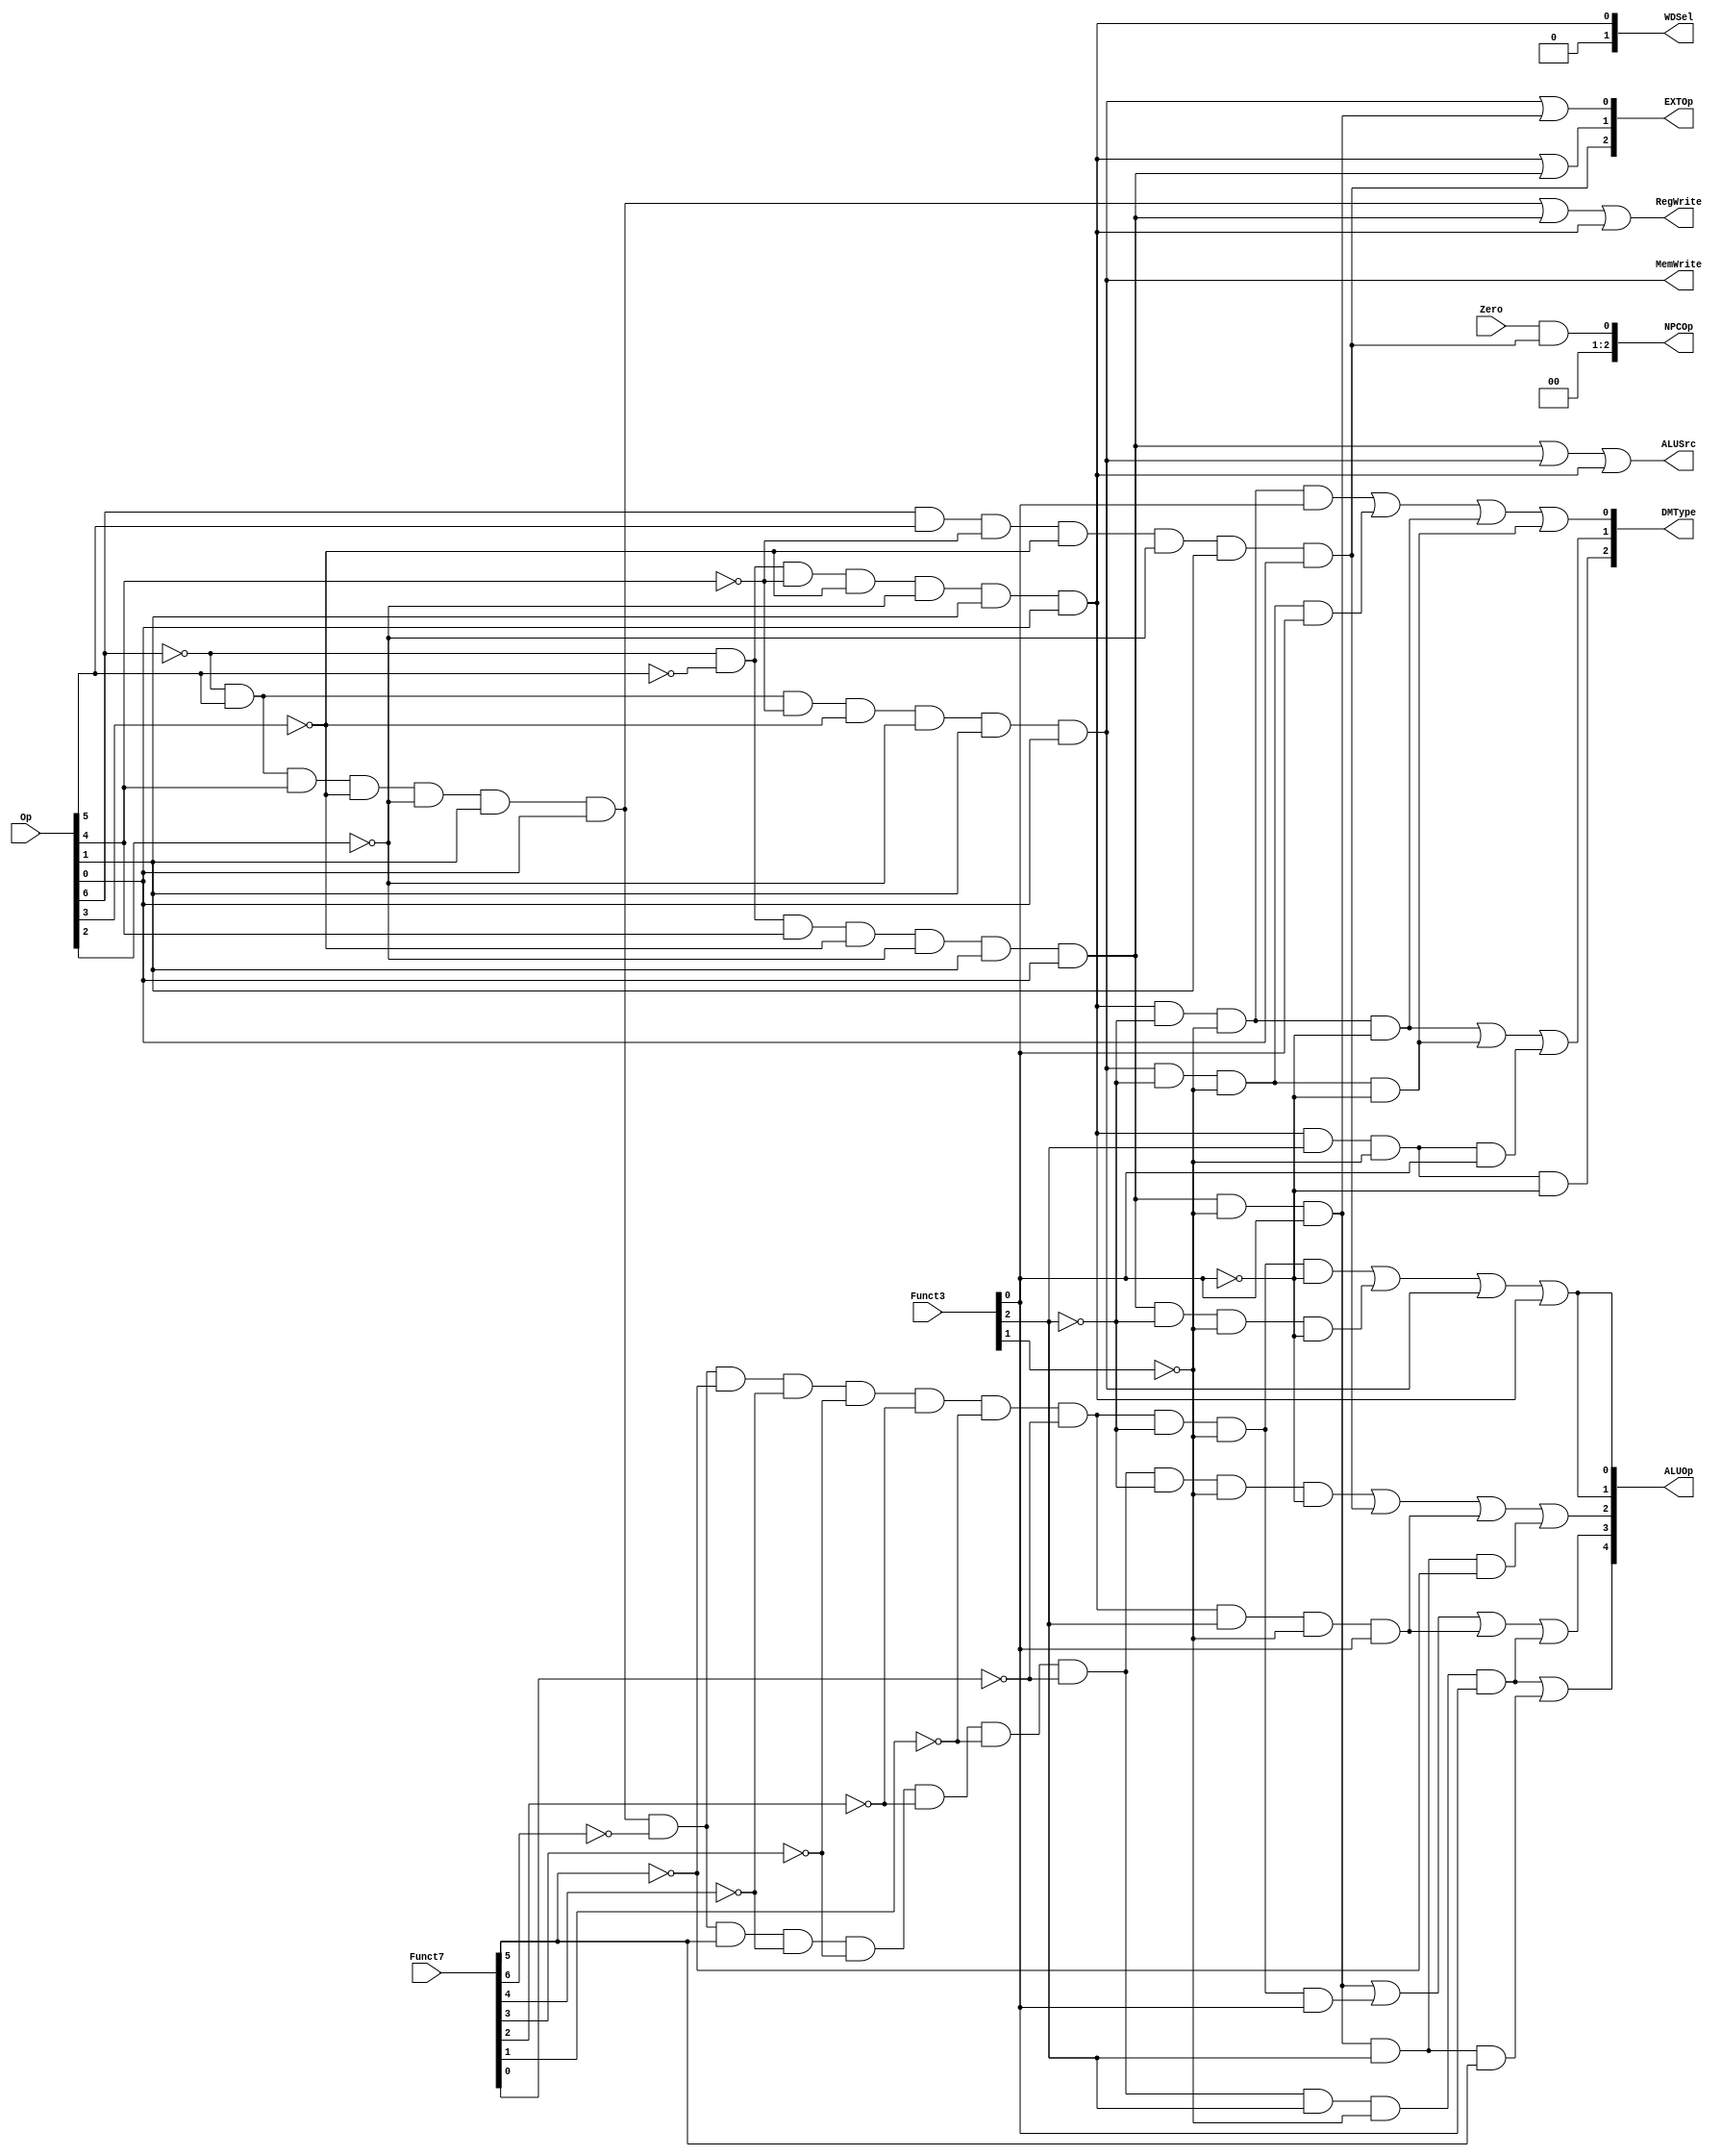
module ctrl( 
    input [6:0]Op,  //opcode
    input [6:0]Funct7,  //funct7 
    input [2:0]Funct3,    // funct3 
    input Zero,
    output RegWrite, // control signal for register write
    output MemWrite, // control signal for memory write
    output [2:0]EXTOp,    // control signal to signed extension
    output [4:0]ALUOp,    // ALU opertion
    output [2:0]NPCOp,    // next pc operation
    output ALUSrc,   // ALU source for b
    output [2:0]DMType, //dm r/w type
    output [1:0]WDSel    // (register) write data selection  (MemtoReg)
    );

    //op funct7 funct3? 
    //R_type:
    wire rtype = ~Op[6] & Op[5] & Op[4] & ~Op[3] & ~Op[2] & Op[1] & Op[0]; //0110011
    wire i_add = rtype&~Funct7[6]&~Funct7[5]&~Funct7[4]&~Funct7[3]&~Funct7[2]&~Funct7[1]&~Funct7[0]&~Funct3[2]&~Funct3[1]&~Funct3[0]; // add 0000000 000
    wire i_sub = rtype&~Funct7[6]&Funct7[5]&~Funct7[4]&~Funct7[3]&~Funct7[2]&~Funct7[1]&~Funct7[0]&~Funct3[2]&~Funct3[1]&~Funct3[0]; // sub 0100000 000
    wire i_sll = rtype&~Funct7[6]&~Funct7[5]&~Funct7[4]&~Funct7[3]&~Funct7[2]&~Funct7[1]&~Funct7[0]&~Funct3[2]&~Funct3[1]&Funct3[0]; // sll 0000000 001
    wire i_slt = rtype&~Funct7[6]&~Funct7[5]&~Funct7[4]&~Funct7[3]&~Funct7[2]&~Funct7[1]&~Funct7[0]&~Funct3[2]&Funct3[1]&~Funct3[0]; // slt 0000000 010
    wire i_sltu = rtype&~Funct7[6]&~Funct7[5]&~Funct7[4]&~Funct7[3]&~Funct7[2]&~Funct7[1]&~Funct7[0]&~Funct3[2]&Funct3[1]&Funct3[0]; // sltu 0000000 011
    wire i_xor = rtype&~Funct7[6]&~Funct7[5]&~Funct7[4]&~Funct7[3]&~Funct7[2]&~Funct7[1]&~Funct7[0]&Funct3[2]&~Funct3[1]&~Funct3[0]; // xor 0000000 100
    wire i_srl = rtype&~Funct7[6]&~Funct7[5]&~Funct7[4]&~Funct7[3]&~Funct7[2]&~Funct7[1]&~Funct7[0]&Funct3[2]&~Funct3[1]&Funct3[0]; // srl 0000000 101
    wire i_sra = rtype&~Funct7[6]&Funct7[5]&~Funct7[4]&~Funct7[3]&~Funct7[2]&~Funct7[1]&~Funct7[0]&Funct3[2]&~Funct3[1]&Funct3[0]; // sra 0100000 101
    wire i_or = rtype&~Funct7[6]&~Funct7[5]&~Funct7[4]&~Funct7[3]&~Funct7[2]&~Funct7[1]&~Funct7[0]&Funct3[2]&Funct3[1]&~Funct3[0]; // or 0000000 110
    wire i_and = rtype&~Funct7[6]&~Funct7[5]&~Funct7[4]&~Funct7[3]&~Funct7[2]&~Funct7[1]&~Funct7[0]&Funct3[2]&Funct3[1]&Funct3[0]; // and 0000000 111

    //i_l type
    wire itype_l = ~Op[6] & ~Op[5] & ~Op[4] & ~Op[3] & ~Op[2] & Op[1] & Op[0]; //0000011
    wire i_lb = itype_l & ~Funct3[2] & ~Funct3[1] & ~Funct3[0]; //lb 000
    wire i_lh = itype_l & ~Funct3[2] & ~Funct3[1] & Funct3[0];  //lh 001
    wire i_lw = itype_l & ~Funct3[2] & Funct3[1] & ~Funct3[0];  //lw 010
    wire i_lbu = itype_l & Funct3[2] & ~Funct3[1] & ~Funct3[0]; //lbu 100
    wire i_lhu = itype_l & Funct3[2] & ~Funct3[1] & Funct3[0]; //lhu 101
    
    // i_i type
    wire itype_r = ~Op[6] & ~Op[5] & Op[4] & ~Op[3] & ~Op[2] & Op[1] & Op[0]; //0010011
    wire i_addi = itype_r & ~Funct3[2] & ~Funct3[1] & ~Funct3[0]; // addi 000 func3
    wire i_slti = itype_r & ~Funct3[2] & Funct3[1] & ~Funct3[0]; // slti 010 func3
    wire i_sltiu = itype_r & ~Funct3[2] & Funct3[1] & Funct3[0]; // sltiu 011 func3
    wire i_xori = itype_r & Funct3[2] & ~Funct3[1] & ~Funct3[0]; // xori 100 func3
    wire i_ori = itype_r & Funct3[2] & Funct3[1] & ~Funct3[0]; // ori 110 func3
    wire i_andi = itype_r & Funct3[2] & Funct3[1] & Funct3[0]; // andi 111 func3
    // i_is type shamt?
    wire itype_rs = itype_r & ~Funct3[1] & Funct3[0]; // func3?001?101
    wire i_slli = itype_rs & ~Funct3[2]; // slli 001 func3
    wire i_srli = itype_rs & Funct3[2] & ~Funct7[5]; // srli 101 func3 0000000 func7
    wire i_srai = itype_rs & Funct3[2] & Funct7[5]; // srai 101 func3 0100000 func7

    // s type
    wire stype = ~Op[6] & Op[5] & ~Op[4] & ~Op[3] & ~Op[2] & Op[1] & Op[0]; //0100011
    wire i_sw = stype & ~Funct3[2] & Funct3[1] & ~Funct3[0]; // sw 010
    wire i_sb = stype & ~Funct3[2] & ~Funct3[1] & ~Funct3[0]; // sb 000
    wire i_sh = stype & ~Funct3[2] & ~Funct3[1] & Funct3[0]; // sh 001

    // sb type
    wire sbtype = Op[6] & Op[5] & ~Op[4] & ~Op[3] & ~Op[2] & Op[1] & Op[0]; //1100011
    wire i_beq = sbtype & ~Funct3[2] & ~Funct3[1] & ~Funct3[0]; // beq 000
    wire i_bne = sbtype & ~Funct3[2] & ~Funct3[1] & Funct3[0]; // bne 001
    wire i_blt = sbtype & Funct3[2] & ~Funct3[1] & ~Funct3[0]; // blt 100
    wire i_bge = sbtype & Funct3[2] & ~Funct3[1] & Funct3[0]; // bge 101
    wire i_bltu = sbtype & Funct3[2] & Funct3[1] & ~Funct3[0]; // bltu 110
    wire i_bgeu = sbtype & Funct3[2] & Funct3[1] & Funct3[0]; // bgeu 111

    // MUX?
    assign RegWrite   = rtype | itype_r | itype_l  ; // register write
    assign MemWrite   = stype;              // memory write
    assign ALUSrc     = itype_r | stype | itype_l ; // ALU B is from instruction immediate
    // mem2reg=wdsel ,WDSel_FromALU 2'b00  WDSel_FromMEM 2'b01
    assign WDSel[0] = itype_l;
    assign WDSel[1] = 1'b0;


    // aluop
    // ALUOp_nop 5'b00000
    // ALUOp_lui 5'b00001
    // ALUOp_auipc 5'b00010
    // ALUOp_add 5'b00011
    // ALUOp_sub 5'b00100
    // ALUOp_sll 5'b01000
    // ALUOp_srl 5'b01100
    // ALUOp_sra 5'b11000
    assign ALUOp[0] = i_add | i_addi | stype | itype_l;
    assign ALUOp[1] = i_add | i_addi | stype | itype_l;
    assign ALUOp[2] = i_sub | sbtype | i_srl | i_srli;
    assign ALUOp[3] = itype_rs | i_sll | i_srl | i_sra;
    assign ALUOp[4] = i_sra | i_srai;

    //
    // EXT_CTRL_ITYPE_SHAMT 3'b011
    // EXT_CTRL_ITYPE 3'b010
    // EXT_CTRL_STYPE 3'b001
    // EXT_CTRL_BTYPE 3'b100
    assign EXTOp[0] = stype | itype_rs;
    assign EXTOp[1] = itype_l | itype_r;
    assign EXTOp[2] = sbtype;

    //Si_LDataMem
    //dm_word 3'b000
    //dm_halfword 3'b001
    //dm_halfword_unsigned 3'b010
    //dm_byte 3'b011
    //dm_byte_unsigned 3'b100
    assign DMType[2] = i_lbu;
    assign DMType[1] = i_lb | i_sb | i_lhu;
    assign DMType[0] = i_lh | i_sh | i_lb | i_sb;


    //ZeroNPCOp
    //NPCOp_normol 3'b000
    //NPCOp_beq 3'b001
    assign NPCOp[0] = Zero & sbtype;
    assign NPCOp[1] = 1'b0;
    assign NPCOp[2] = 1'b0;

endmodule